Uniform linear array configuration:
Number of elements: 8
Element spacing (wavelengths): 0.25
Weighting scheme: hann
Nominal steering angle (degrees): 30
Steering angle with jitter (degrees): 30.007
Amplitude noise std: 0.05
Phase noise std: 0.05

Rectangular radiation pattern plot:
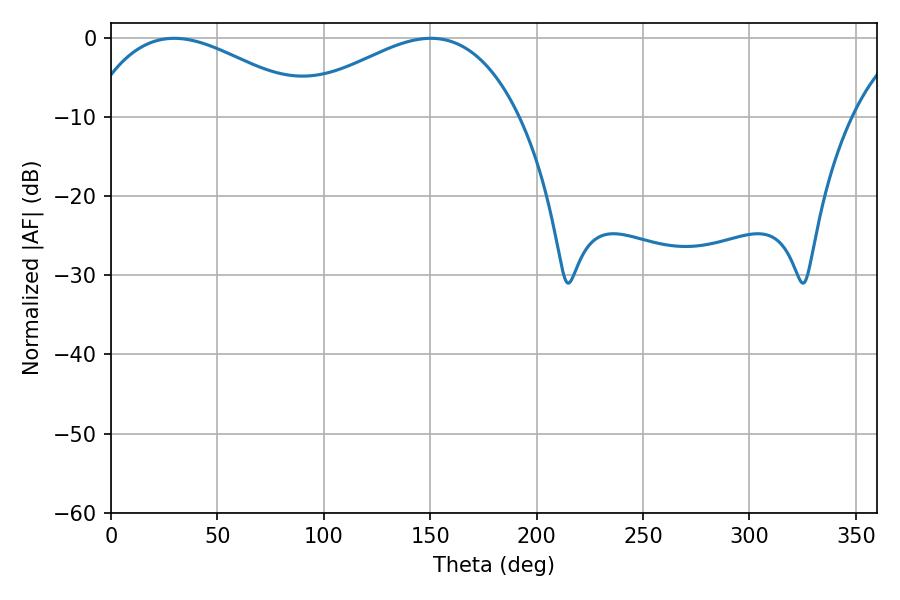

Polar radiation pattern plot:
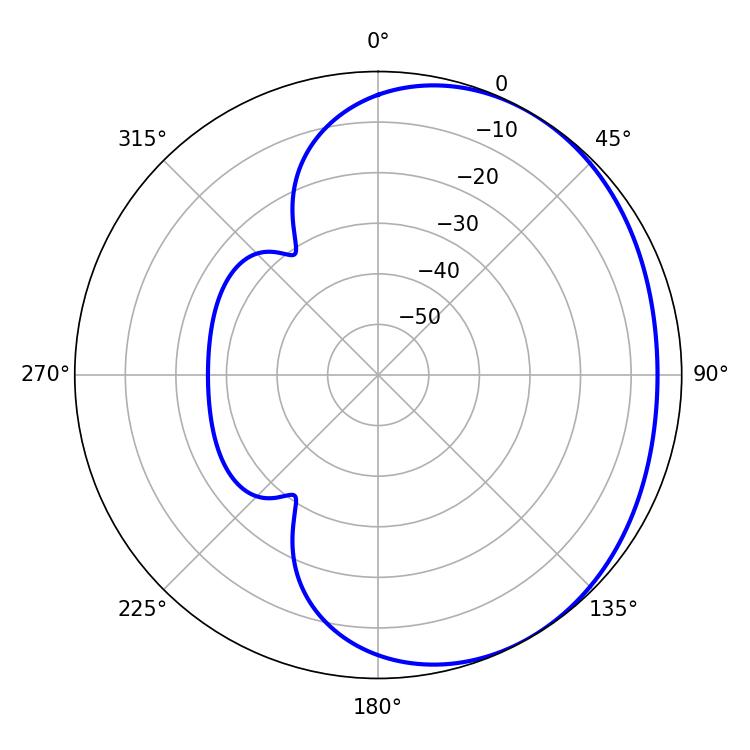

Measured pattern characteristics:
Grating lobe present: FALSE
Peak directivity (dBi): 2.211
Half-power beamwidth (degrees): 58.86
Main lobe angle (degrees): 29.7